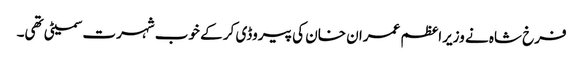
فرخ شاہ نے وزیراعظم عمران خان کی پیروڈی کر کے خوب شہرت سمیٹی تھی۔